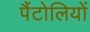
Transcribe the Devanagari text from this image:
पैंटोलियों